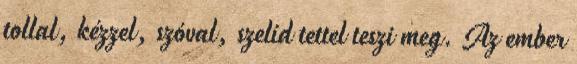
tollal, kézzel, szóval, szelíd tettel teszi meg. Az ember